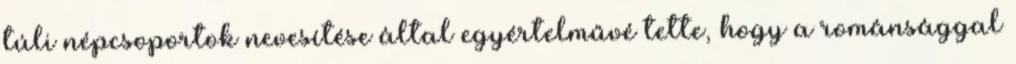
túli népcsoportok nevesítése által egyértelművé tette, hogy a románsággal